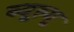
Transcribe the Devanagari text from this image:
ब्यूल्यू